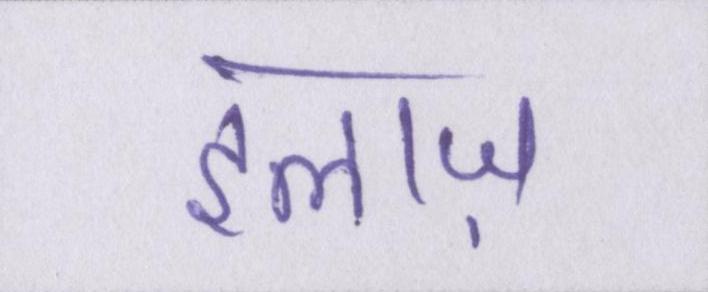
इलाज़